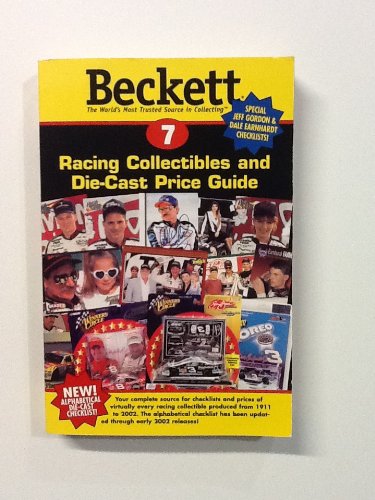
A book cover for Beckett Racing Price Guide and Alphabetical Checklist (Beckett Racing Collectibles and Die-Cast Price Guide, 7); Crafts, Hobbies & Home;